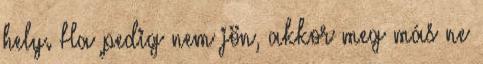
hely. Ha pedig nem jön, akkor meg más ne